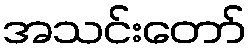
အသင်းတော်